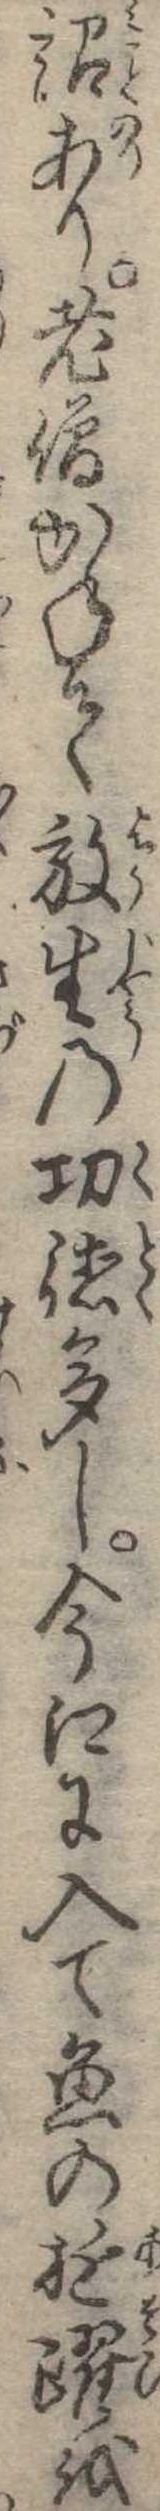
詔あり老僧かねて放生の功徳多し今江に入て魚の遊躍を